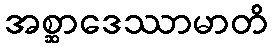
အစ္ဆာဒေဿာမာတိ